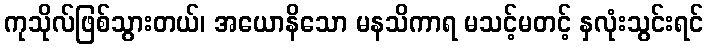
ကုသိုလ်ဖြစ်သွားတယ်၊ အယောနိသော မနသိကာရ မသင့်မတင့် နှလုံးသွင်းရင်